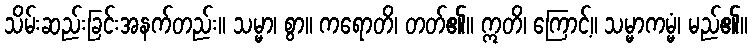
သိမ်းဆည်းခြင်းအနက်တည်း။ သမ္မာ၊ စွာ။ ကရောတိ၊ တတ်၏။ ဣတိ၊ ကြောင့်။ သမ္မာကမ္မံ၊ မည်၏။